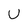
Character: U